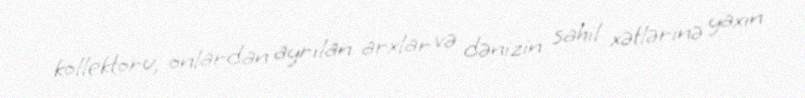
kollektoru, onlardan ayrılan arxlar və dənizin sahil xətlərinə yaxın